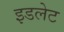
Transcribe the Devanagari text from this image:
इडलेट